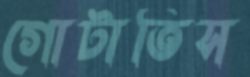
গোটাতিস